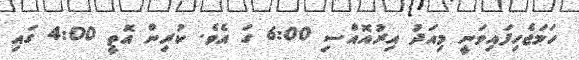
ހަމަޖެހިފައިވަނީ މިއަދު އިރުއޮއްސި 6:00 ގަ އެވެ. ކުރިން އޮތީ 4:00 ގައި